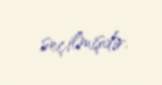
seçilmişdir.